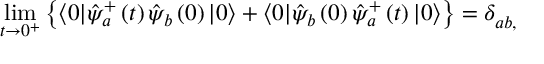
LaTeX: \operatorname * { l i m } _ { t \rightarrow 0 ^ { + } } \left\{ \langle 0 | \hat { \psi } _ { a } ^ { + } \left( t \right) \hat { \psi } _ { b } \left( 0 \right) | 0 \rangle + \langle 0 | \hat { \psi } _ { b } \left( 0 \right) \hat { \psi } _ { a } ^ { + } \left( t \right) | 0 \rangle \right\} = \delta _ { a b , } ^ { }